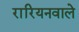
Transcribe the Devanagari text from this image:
रारियनवाले